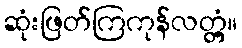
ဆုံးဖြတ်ကြကုန်လတ္တံ့။